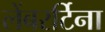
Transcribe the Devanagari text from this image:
लेंबरर्टिना